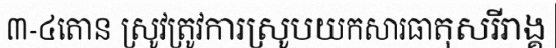
៣-៤តោន ស្រូវត្រូវការស្រូបយកសារធាតុសរីរាង្គ